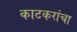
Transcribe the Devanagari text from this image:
काटकरांचा